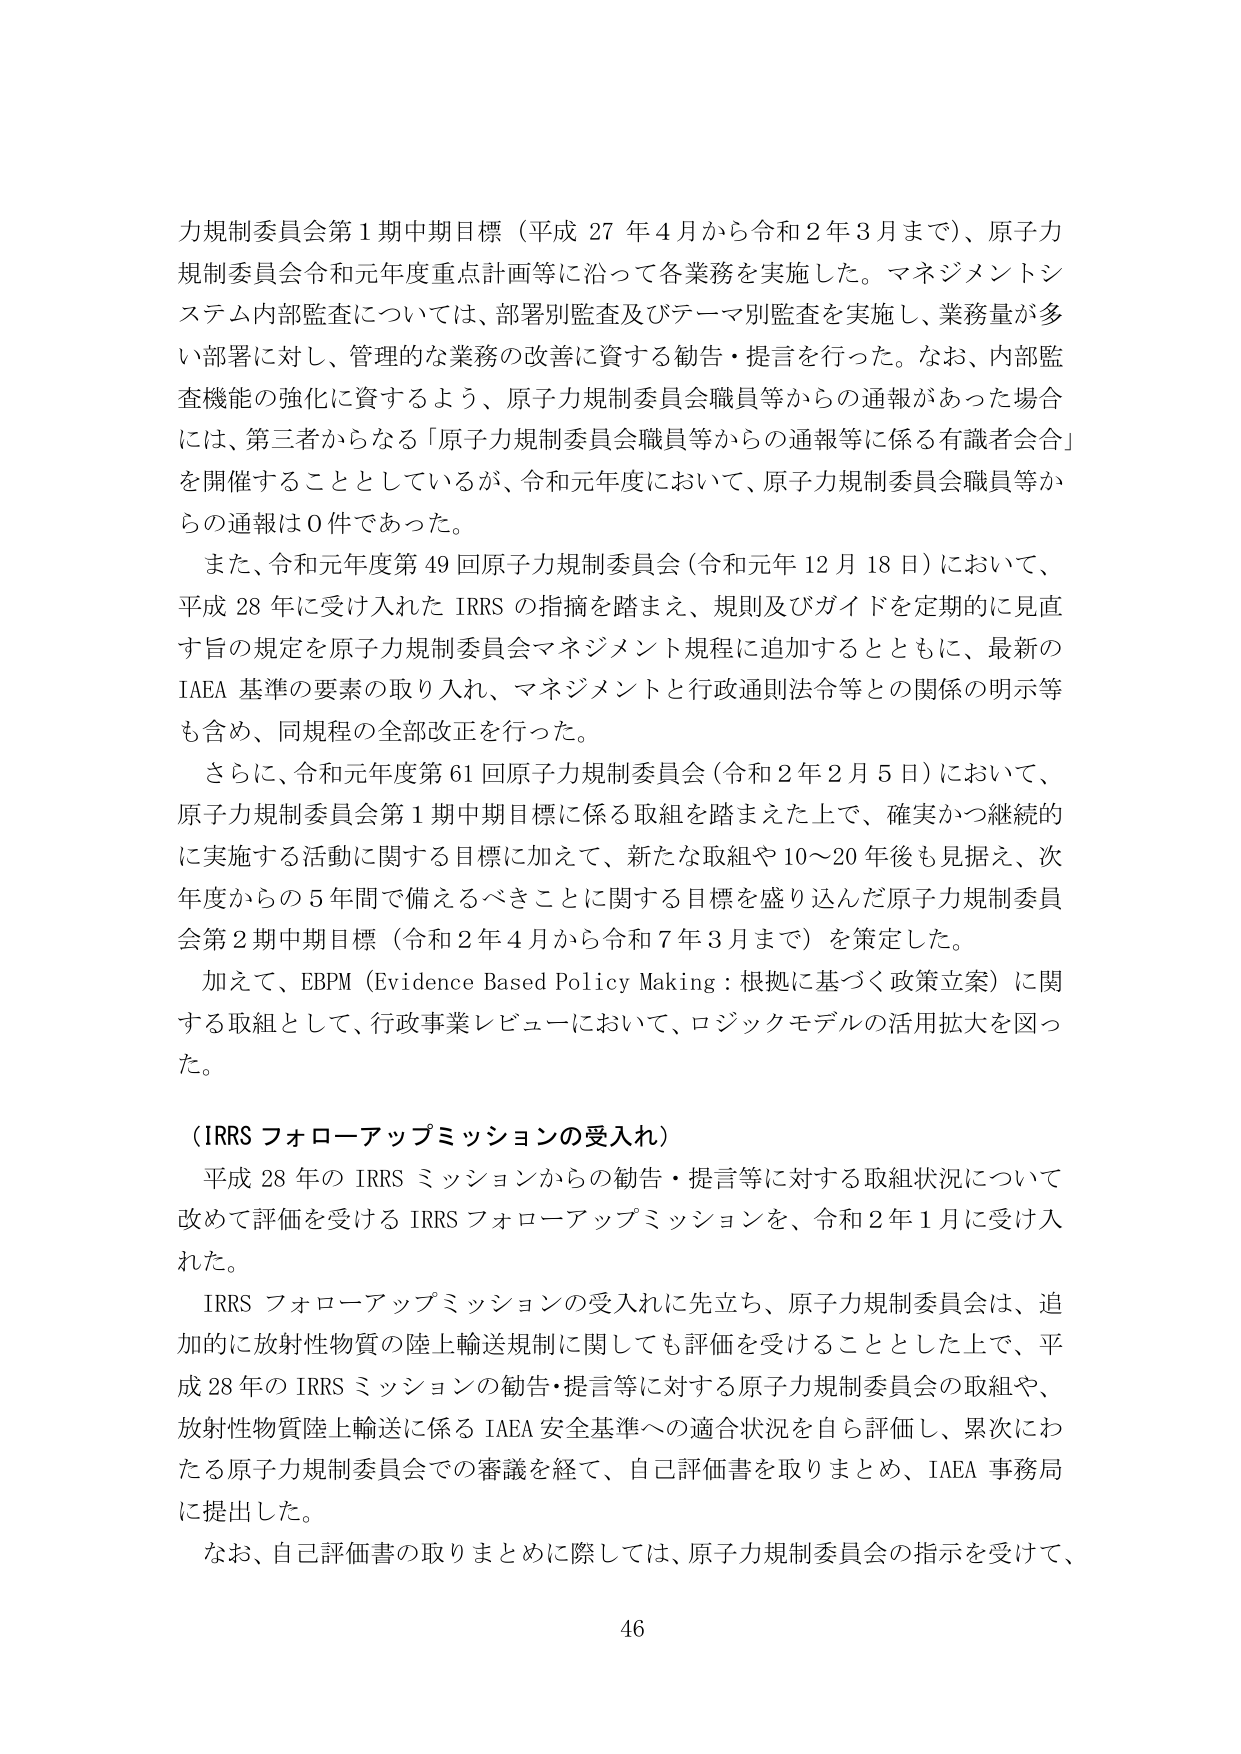
力規制委員会第１期中期目標（平成27年4月から令和2年3月まで）、原子力規制委員会令和元年度重点計画等に沿って各業務を実施した。マネジメントシステム内部監査については、部署別監査及びテーマ別監査を実施し、業務量が多い部署に対し、管理的な業務の改善に資する勧告・提言を行った。なお、内部監査機能の強化に資するよう、原子力規制委員会職員等からの通報があった場合には、第三者からなる「原子力規制委員会職員等からの通報等に係る有識者会合」を開催することとしているが、令和元年度において、原子力規制委員会職員等からの通報は0件であった。

また、令和元年度第49回原子力規制委員会（令和元年12月18日）において、平成28年に受け入れたIRRSの指摘を踏まえ、規則及びガイドを定期的に見直す旨の規定を原子力規制委員会マネジメント規程に追加するとともに、最新のIAEA基準の要素の取り入れ、マネジメントと行政通則法令等との関係の明示等も含め、同規程の全部改正を行った。

さらに、令和元年度第61回原子力規制委員会（令和2年2月5日）において、原子力規制委員会第1期中期目標に係る取組を踏まえた上で、確実かつ継続的に実施する活動に関する目標に加えて、新たな取組や10～20年後も見据え、次年度からの5年間で備えるべきことに関する目標を盛り込んだ原子力規制委員会第2期中期目標（令和2年4月から令和7年3月まで）を策定した。

加えて、EBPM（Evidence Based Policy Making：根拠に基づく政策立案）に関する取組として、行政事業レビューにおいて、ロジックモデルの活用拡大を図った。

（IRRSフォローアップミッションの受入れ）

平成28年のIRRSミッションからの勧告・提言等に対する取組状況について改めて評価を受けるIRRSフォローアップミッションを、令和2年1月に受け入れた。

IRRSフォローアップミッションの受入れに先立ち、原子力規制委員会は、追加的に放射性物質の陸上輸送規制に関しても評価を受けることとした上で、平成28年のIRRSミッションの勧告・提言等に対する原子力規制委員会の取組や、放射性物質陸上輸送に係るIAEA安全基準への適合状況を自ら評価し、累次にわたる原子力規制委員会での審議を経て、自己評価書を取りまとめ、IAEA事務局に提出した。

なお、自己評価書の取りまとめに際しては、原子力規制委員会の指示を受けて、

46